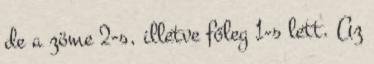
de a zöme 2-s, illetve főleg 1-s lett. Az